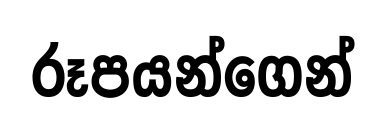
රූපයන්ගෙන්